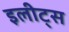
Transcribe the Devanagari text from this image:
इलीट्स